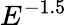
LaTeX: E^{-1.5}